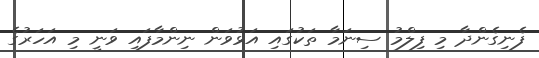
ފެނިގެންދާ މި ފިލްމު ސިނަމާ ތަކުގައި އަޅުވަން ނިންމާފައި ވަނީ މި އަހަރުގެ